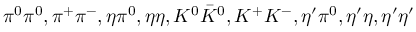
\pi ^ { 0 } \pi ^ { 0 } , \pi ^ { + } \pi ^ { - } , \eta \pi ^ { 0 } , \eta \eta , K ^ { 0 } \bar { K } ^ { 0 } , K ^ { + } K ^ { - } , \eta ^ { \prime } \pi ^ { 0 } , \eta ^ { \prime } \eta , \eta ^ { \prime } \eta ^ { \prime }